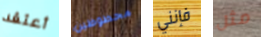
أعتقد محظوظين فإنني مثل